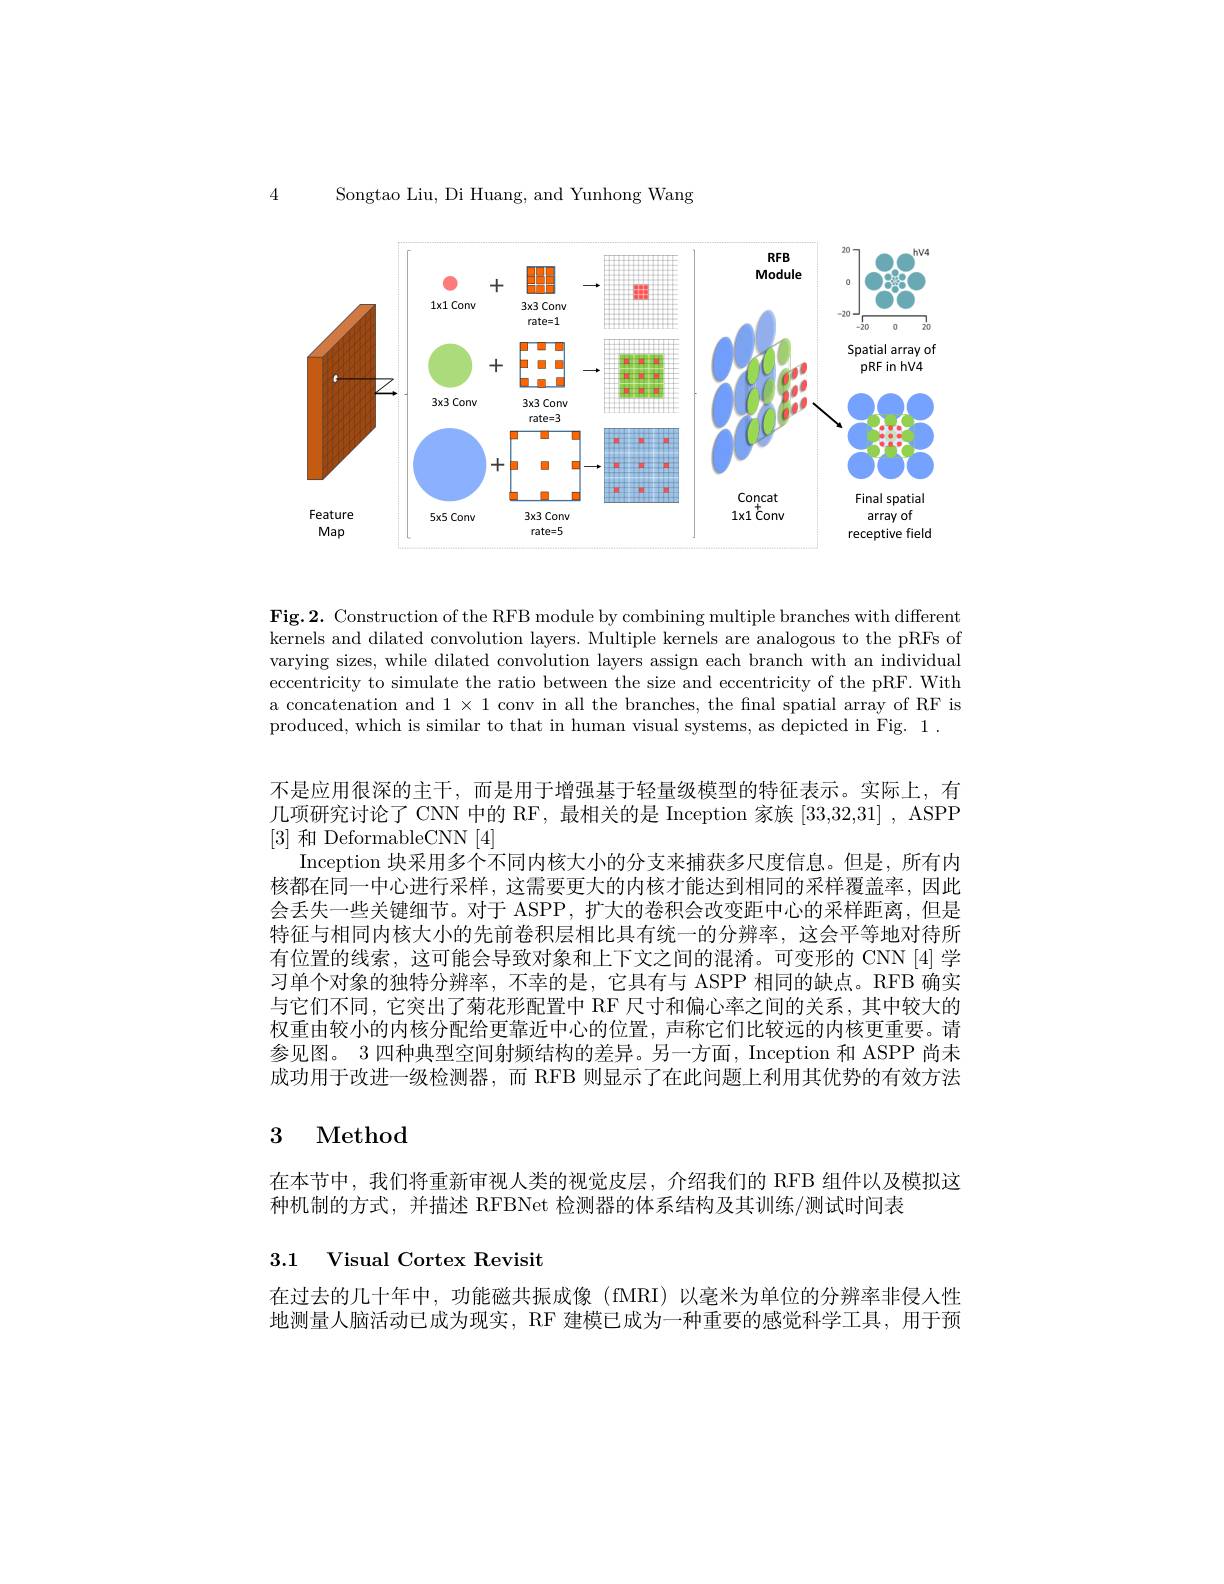
4

Songtao Liu, Di Huang, and Yunhong Wang

<FigureHere>

Fig.2. Construction of the RFB module by combining multiple branches with different kernels and dilated convolution layers. Multiple kernels are analogous to the pRFs of varying sizes, while dilated convolution layers assign each branch with an individual eccentricity to simulate the ratio between the size and eccentricity of the pRF. With a concatenation and $1\times1$ conv in all the branches, the final spatial array of RF is produced, which is similar to that in human visual systems, as depicted in Fig. 1.

不是应用很深的主干，而是用于增强基于轻量级模型的特征表示。实际上，有几项研究讨论了 CNN 中的 RF, 最相关的是 Inception 家族[33,32,31] , ASPP $\left[3\right]$和 DeformableCNN$\left[4\right]$
Inception 块采用多个不同内核大小的分支来捕获多尺度信息。但是，所有内核都在同一中心进行采样，这需要更大的内核才能达到相同的采样覆盖率，因此会丢失一些关键细节。对于 ASPP, 扩大的卷积会改变距中心的采样距离，但是特征与相同内核大小的先前卷积层相比具有统一的分辨率，这会平等地对待所有位置的线索，这可能会导致对象和上下文之间的混淆。可变形的 CNN [4] 学习单个对象的独特分辨率，不幸的是，它具有与 ASPP 相同的缺点。RFB 确实与它们不同，它突出了菊花形配置中 RF 尺寸和偏心率之间的关系，其中较大的权重由较小的内核分配给更靠近中心的位置，声称它们比较远的内核更重要。请参见图。3 四种典型空间射频结构的差异。另一方面，Inception 和 ASPP 尚未成功用于改进一级检测器，而 RFB 则显示了在此问题上利用其优势的有效方法

# 3 Method

在本节中，我们将重新审视人类的视觉皮层，介绍我们的 RFB 组件以及模拟这
种机制的方式，并描述 RFBNet 检测器的体系结构及其训练/测试时间表

## 3.1 Visual Cortex Revisit

在过去的几十年中，功能磁共振成像 (fMRI)以毫米为单位的分辨率非侵人性地测量人脑活动已成为现实，RF 建模已成为一种重要的感觉科学工具，用于预